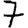
Digit: 7